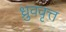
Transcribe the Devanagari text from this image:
ध्रुववृत्त